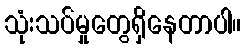
သုံးသပ်မှုတွေရှိနေတာပါ။